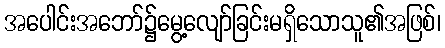
အပေါင်းအဘော်၌မွေ့လျော်ခြင်းမရှိသောသူ၏အဖြစ်၊